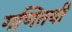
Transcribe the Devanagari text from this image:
गणितयी